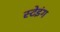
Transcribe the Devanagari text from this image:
स्टेइंग